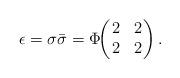
LaTeX: \begin{align*}\epsilon =\sigma \bar{\sigma} = \Phi\!\!\left(\!\!\begin{array}{cc} 2& 2\\ 2& 2 \end{array}\!\! \right).\end{align*}